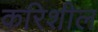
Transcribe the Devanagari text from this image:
करिशील